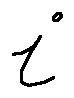
i